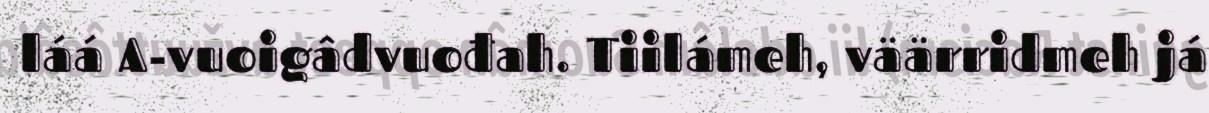
láá A-vuoigâdvuođah. Tiilámeh, väärridmeh já